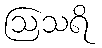
ဩသရိ